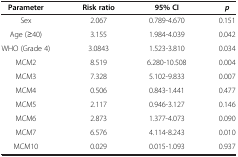
<table><thead><tr><td><b>Parameter</b></td><td><b>Risk ratio</b></td><td><b>95% CI</b></td><td><b><i>p</i></b></td></tr></thead><tbody><tr><td>Sex</td><td>2.067</td><td>0.789-4.670</td><td>0.151</td></tr><tr><td>Age (≥40)</td><td>3.155</td><td>1.984-4.039</td><td>0.042</td></tr><tr><td>WHO (Grade 4)</td><td>3.0843</td><td>1.523-3.810</td><td>0.034</td></tr><tr><td>MCM2</td><td>8.519</td><td>6.280-10.508</td><td>0.004</td></tr><tr><td>MCM3</td><td>7.328</td><td>5.102-9.833</td><td>0.007</td></tr><tr><td>MCM4</td><td>0.506</td><td>0.843-1.441</td><td>0.477</td></tr><tr><td>MCM5</td><td>2.117</td><td>0.946-3.127</td><td>0.146</td></tr><tr><td>MCM6</td><td>2.873</td><td>1.377-4.073</td><td>0.090</td></tr><tr><td>MCM7</td><td>6.576</td><td>4.114-8.243</td><td>0.010</td></tr><tr><td>MCM10</td><td>0.029</td><td>0.015-1.093</td><td>0.937</td></tr></tbody></table>